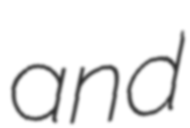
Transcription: and